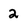
Character: 2